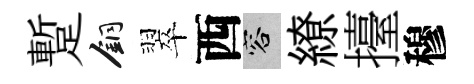
蹔銅翠西容繚擡穆